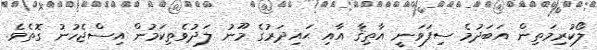
ލޯކުރިމަތިން އަބަދުމެ ސިފަވަނީ އާތިޤާ އާއި ޙައިދަރުގެ މޫނު ލަދުވެތިކަމުން އިސްޖެހުނު ގޮތެވެ.